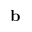
{ \bf b }